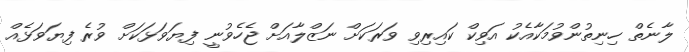
ލާނެތް ހިނިތުންވުމަކާއެކު އަވިކް ކައިރިވި ވަރަކަށް ނަޒްލާއަށް ޖެހެވުނީ ފިޔަވަޅަކަށް ވުރެ ފިޔަވަޅެއް